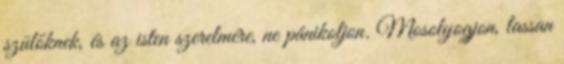
szülőknek, és az isten szerelmére, ne pánikoljon. Mosolyogjon, lassan